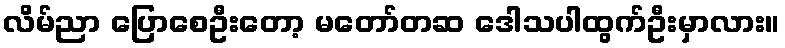
လိမ်ညာ ပြောစေဦးတော့ မတော်တဆ ဒေါသပါထွက်ဦးမှာလား။